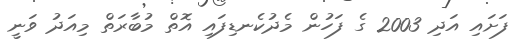
ފަށައި އަދި 2003 ގެ ފަހުން މެދުކެނޑިފައި އޮތް މުބާރަތް މިއަދު ވަނީ